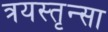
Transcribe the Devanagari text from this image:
त्रयस्तृन्सा